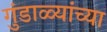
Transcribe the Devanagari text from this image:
गुंडाळ्यांच्या